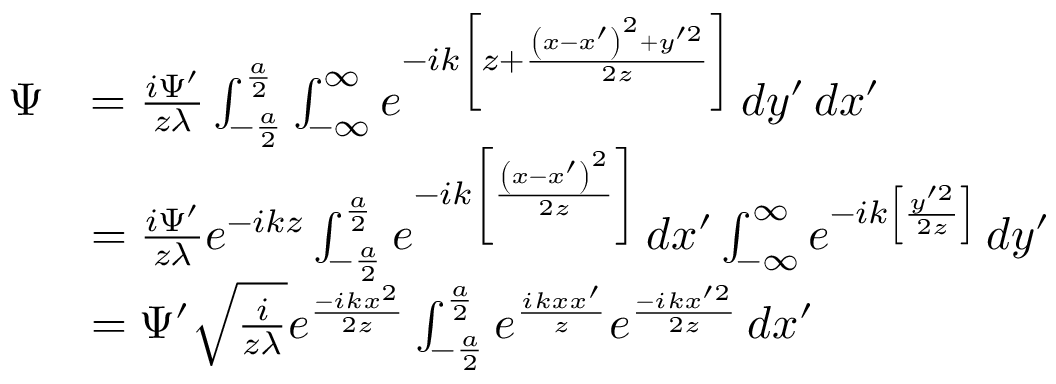
{ \begin{array} { r l } { \Psi } & { = { \frac { i \Psi ^ { \prime } } { z \lambda } } \int _ { - { \frac { a } { 2 } } } ^ { \frac { a } { 2 } } \int _ { - \infty } ^ { \infty } e ^ { - i k \left[ z + { \frac { \left( x - x ^ { \prime } \right) ^ { 2 } + y ^ { \prime 2 } } { 2 z } } \right] } \, d y ^ { \prime } \, d x ^ { \prime } } \\ & { = { \frac { i \Psi ^ { \prime } } { z \lambda } } e ^ { - i k z } \int _ { - { \frac { a } { 2 } } } ^ { \frac { a } { 2 } } e ^ { - i k \left[ { \frac { \left( x - x ^ { \prime } \right) ^ { 2 } } { 2 z } } \right] } \, d x ^ { \prime } \int _ { - \infty } ^ { \infty } e ^ { - i k \left[ { \frac { y ^ { \prime 2 } } { 2 z } } \right] } \, d y ^ { \prime } } \\ & { = \Psi ^ { \prime } { \sqrt { \frac { i } { z \lambda } } } e ^ { \frac { - i k x ^ { 2 } } { 2 z } } \int _ { - { \frac { a } { 2 } } } ^ { \frac { a } { 2 } } e ^ { \frac { i k x x ^ { \prime } } { z } } e ^ { \frac { - i k x ^ { \prime 2 } } { 2 z } } \, d x ^ { \prime } } \end{array} }